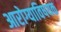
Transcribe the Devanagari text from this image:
आरोग्याविषयक